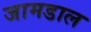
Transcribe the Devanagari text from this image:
जामडाल